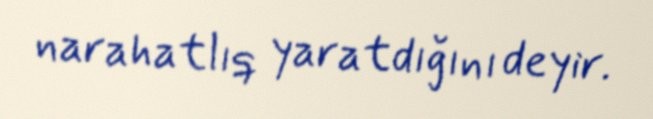
narahatlıq yaratdığını deyir.